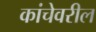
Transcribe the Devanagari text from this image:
कांचेवरील